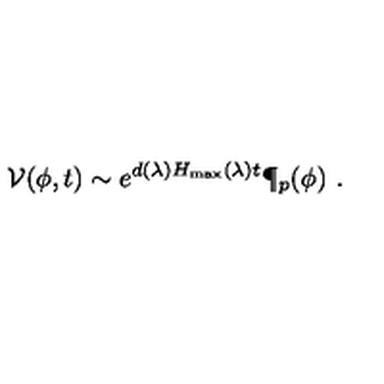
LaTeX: { \cal V } ( \phi , t ) \sim e ^ { d ( \lambda ) H _ { \max } ( \lambda ) t } \P _ { p } ( \phi ) \ .